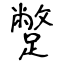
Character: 蹩